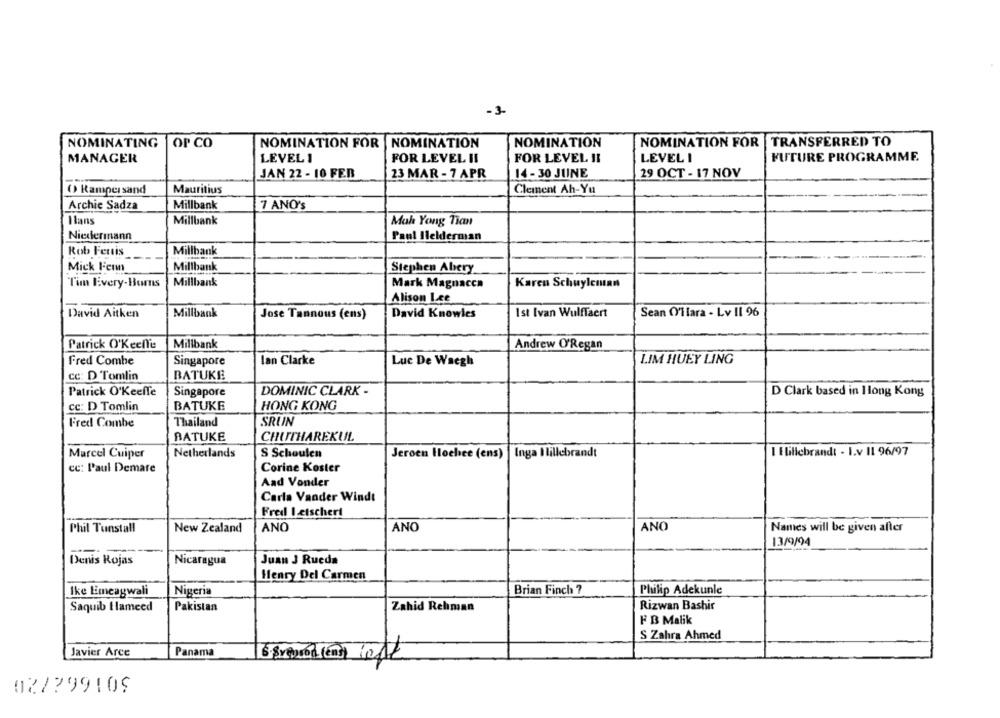
-3-
NOMINATING
OP CO
NOMINATION FOR
NOMINATION
NOMINATION FOR |TRANSFERRED TO
NOMINATION
MANAGER
FOR LEVEL II
LEVEL I
FUTURE PROGRAMME.
LEVEL 1
FOR LEVEL II
JAN 22 - 10 FEB
23 MAR - 7 APR
14 -30 JUNE
29 OCT - 17 NOV
O Rampersand
Mauritius
Clement Ah-Yu
Archie Sadza
Millbank
7 ANO's
Hans
Millbank
Mah Yong Tian
Niedermann
Paul Ilelderman
Rob Fertis
Millbank
Mick Fenn
Millbank
Stephen Abery
Tim Every-Burns
Millbank
Mark Magnacca
Karen Schuyleman
Alison Lee
David Aitken
Millbank
Jose Tannous (ens)
David Knowles
Ist Ivan Wulffaert
Sean O'llara - Lv Il 96
Millbank
Patrick O'Keefe
Andrew O'Regan
Fred Combe
Singapore
lan Clarke
Luc De Waegh
LIM HUEY LING
cc: D Tomlin
BATUKE
Patrick O'keeffe
Singapore
DOMINIC CLARK -
D Clark based in Hong Kong
cc: D Tomlin
BATUKE
HONG KONG
Fred Combe
Thailand
SRUN
BATUKE
CHUTHAREKUL
Netherlands
S Schouten
Jeroen Hlochee (ens) | Inga I lillebrandt
I E lillebrandt - I.v Il 96/97
Marcel Cuiper
cc: Paul Demare
Corine Koster
Aad Vonder
Carla Vander Windt
Fred Letschert
Phil Tunstall
New Zealand
ANO
ANO
ANO
Names will be given after
13/9/94
Nicaragua
Juan J Rueda
Denis Rojas
Henry Del Carmen
Ike Emeagwali
Nigeria
Brian Finch ?
Philip Adekunle
Saquib I lameed
Pakistan
Zahid Rehman
Rizwan Bashir
F B Malik
S Zahra Ahmed
Javier Arce
Panama
02/299109